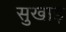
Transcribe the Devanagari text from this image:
सुखाड़